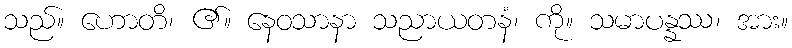
သည်။ ဟောတိ၊ ၏။ နေဝသာနာ သညာယတနံ၊ ကို။ သမာပန္နဿ၊ အား။